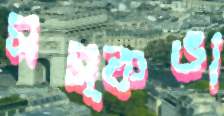
মস্কভা